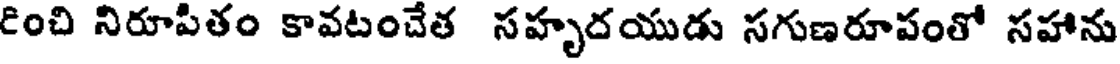
రించి నిరూపితం కావటంచేత సహృదయుడు సగుణరూపంతో సహాను